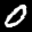
Label: 0